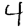
Digit: 4